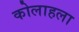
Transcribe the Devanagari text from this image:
कोलाहला